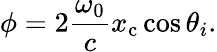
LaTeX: \phi=2\frac{\omega_{0}}{c}x_{\mathrm{c}}\cos\theta_{i}.